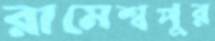
রামেশ্বপুর